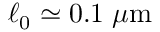
\ell _ { 0 } \simeq 0 . 1 \; \mu \mathrm { m }